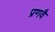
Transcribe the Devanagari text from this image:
प्रणवै